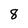
Character: 8